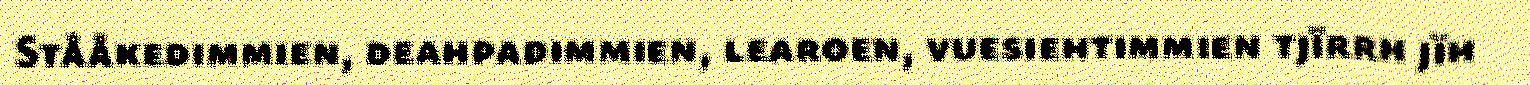
Stååkedimmien, deahpadimmien, learoen, vuesiehtimmien tjïrrh jïh